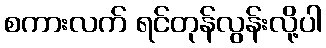
စကားလက် ရင်တုန်လွန်းလို့ပါ